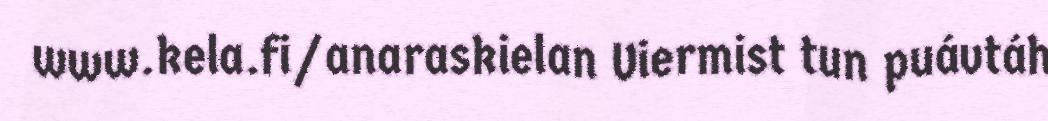
www.kela.fi/anaraskielan Viermist tun puávtáh